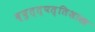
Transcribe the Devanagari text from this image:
व्युत्त्पत्तिशास्त्र